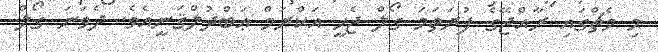
މި މެޗްގައި ރާއްޖޭގެ ފުރަތަމަ ގޯލް ޖެހީ އަކްރަމް ޢަބްދުލްޤަނީއެވެ. ދެވަނަ ގޯލް